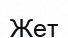
Жет